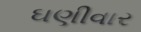
ઘણીવાર